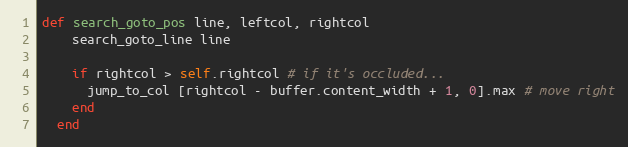
Language: Ruby
def search_goto_pos line, leftcol, rightcol
    search_goto_line line

    if rightcol > self.rightcol # if it's occluded...
      jump_to_col [rightcol - buffer.content_width + 1, 0].max # move right
    end
  end